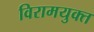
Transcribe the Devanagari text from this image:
विरामयुक्त